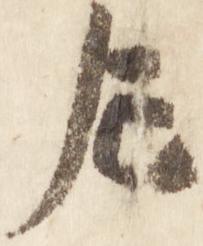
左